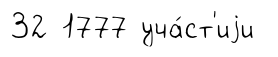
32 1777 уча́ст'иjи